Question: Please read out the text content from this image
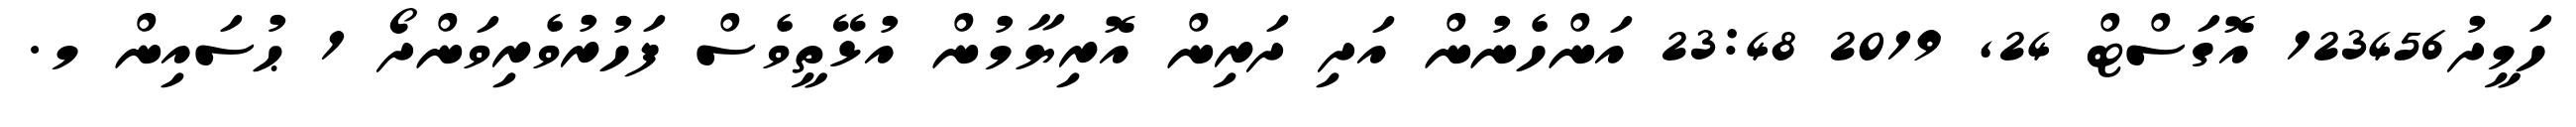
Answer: ހަމީދު123456 އޮގަސްޓް 24, 2019 23:48 އަންހެނުން އަދި ދަރިން އޮރިޔާމުން އުޅޭތީވެސް ފަހުރުވެރިވަންދޯ 1 ޙުސައިން މ.